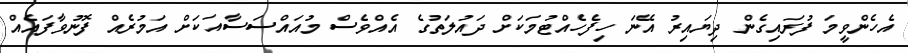
އެހެންވީމަ ފުރައިގެން ދިޔައިރު އޭނަ ހިފެހެއްޓުމަކަށް ދައުލަތުގެ އެއްވެސް މުއައްސަސާއަކަށް އަމުރެއް ފޮނުވާފައެއް